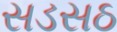
સડસઠ